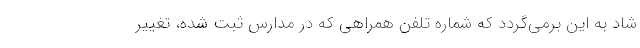
شاد به این برمی‌گردد که شماره تلفن همراهی که در مدارس ثبت شده، تغییر